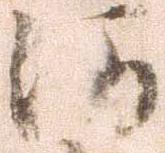
河